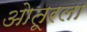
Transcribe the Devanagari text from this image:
ओतूरला